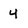
Character: 4